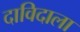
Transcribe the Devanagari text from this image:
दाविदाला